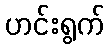
ဟင်းရွက်